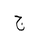
Letter: _gim